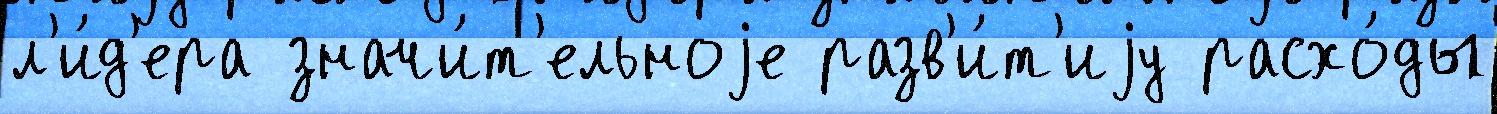
л'и́д'ера значи́т'ельноjе разв'и́т'иjу расхо́ды